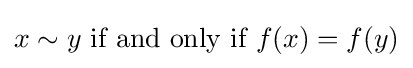
x\sim y{\text{ if and only if }}f(x)=f(y)